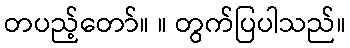
တပည့်တော်။ ။ တွက်ပြပါသည်။